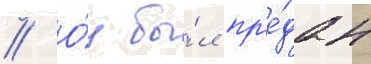
// О́н бы́л пр'е́дан